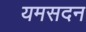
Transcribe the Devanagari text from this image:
यमसदन